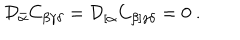
LaTeX: { \cal D } _ { \bar { \alpha } } C _ { \beta \gamma \delta } = { \cal D } _ { [ \alpha } C _ { \beta ] \gamma \delta } = 0 \ .